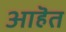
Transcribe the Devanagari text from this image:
आहॆत